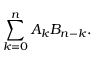
\sum _ { k = 0 } ^ { n } A _ { k } B _ { n - k } .